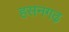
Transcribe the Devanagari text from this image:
हसनगढ़